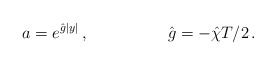
\begin{align*}a = e^{\hat{g}|y|}\, ,\hspace{2cm}\hat{g}=-\hat{\chi} T/2\, .\end{align*}